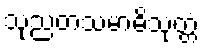
သုညတသမာဓိသုတ္တံ